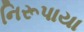
નિરૂપાયા